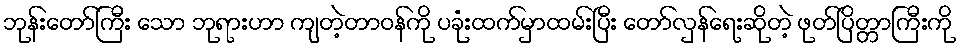
ဘုန်းတော်ကြီး သော ဘုရားဟာ ကျတဲ့တာဝန်ကို ပခုံးထက်မှာထမ်းပြီး တော်လှန်ရေးဆိုတဲ့ ဖုတ်ပြိတ္တာကြီးကို